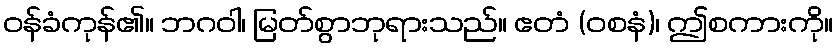
ဝန်ခံကုန်၏။ ဘဂဝါ၊ မြတ်စွာဘုရားသည်။ ဧတံ (ဝစနံ)၊ ဤစကားကို။